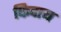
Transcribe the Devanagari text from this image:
फिदाय